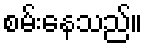
စမ်းနေသည်။